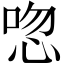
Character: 唿